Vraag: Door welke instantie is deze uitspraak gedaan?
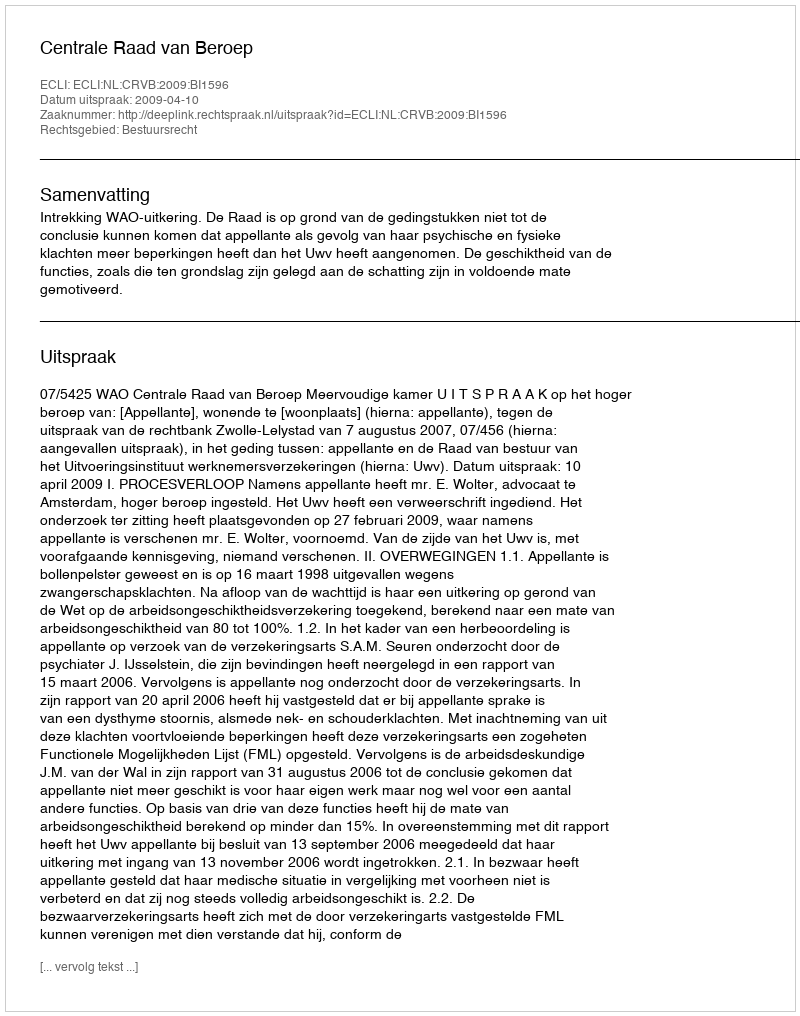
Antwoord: Centrale Raad van Beroep